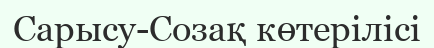
Сарысу-Созақ көтерілісі